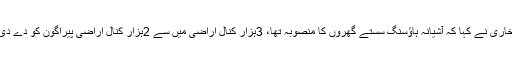
نعیم بخاری نے کہا کہ آشیانہ ہاؤسنگ سستے گھروں کا منصوبہ تھا، 3ہزار کنال اراضی میں سے 2ہزار کنال اراضی پیراگون کو دے دی گئی۔